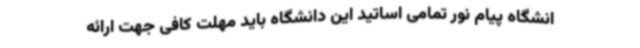
انشگاه پیام نور تمامی اساتید این دانشگاه باید مهلت کافی جهت ارائه